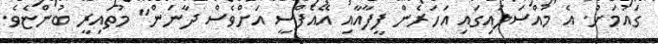
ގައުމަށް. އެ މައްސަލައިގައި އަހަރެން ފީފާއާއި އޭއެފްސީ އަށްވެސް ދާނަން" މުތައިރީ ބުންޏެވެ.